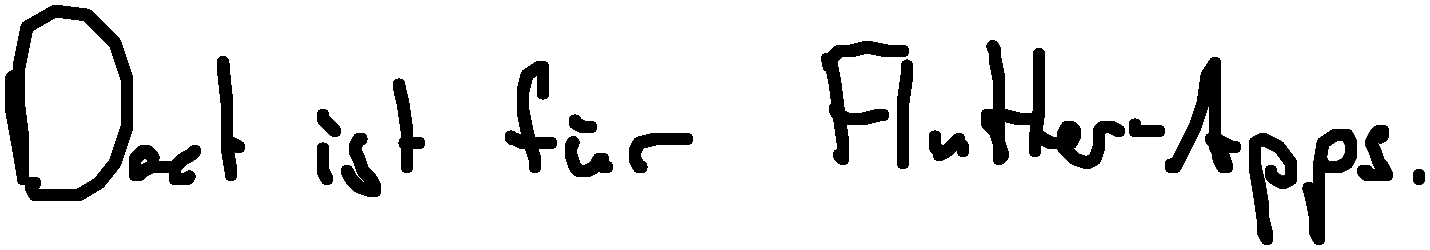
Dart ist für Flutter-Apps.